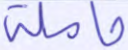
حاملة